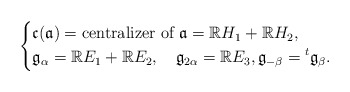
\begin{align*}\left\{\begin{aligned}&\frak{c}(\frak{a})=\textrm{centralizer of }\frak{a}=\mathbb{R}H_1+\mathbb{R}H_2,\\&\frak{g}_\alpha=\mathbb{R}E_1+\mathbb{R}E_2,\quad\frak{g}_{2\alpha}=\mathbb{R}E_3,\frak{g}_{-\beta}={}^t\frak{g}_\beta.\end{aligned}\right.\end{align*}